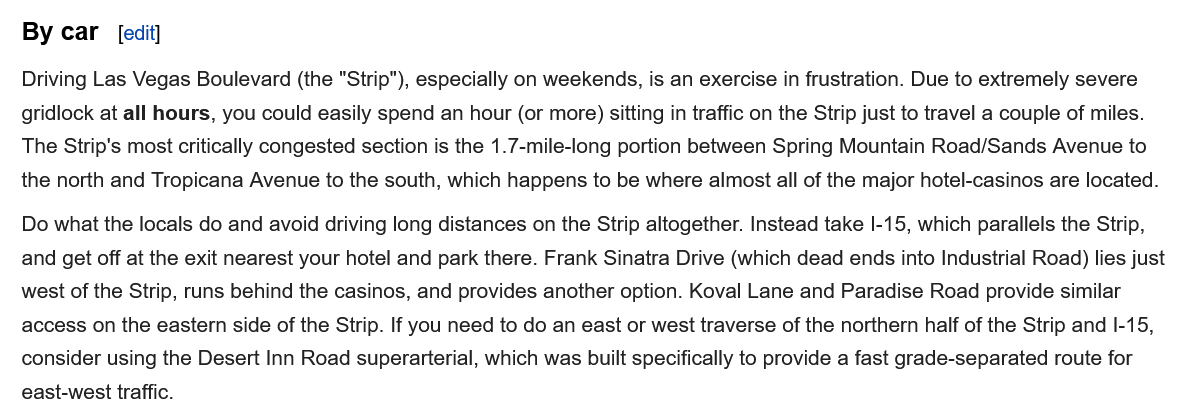
By car   [edit]
   Driving Las Vegas Boulevard (the "Strip"), especially on weekends, is an exercise in frustration. Due to extremely severe
   gridlock at all hours, you could easily spend an hour (or more) sitting in traffic on the Strip just to travel a couple of miles.
   The Strip's most critically congested section is the 1.7-mile-long portion between Spring Mountain Road/Sands Avenue to
   the north and Tropicana Avenue to the south, which happens to be where almost all of the major hotel-casinos are located.
   Do what the locals do and avoid driving long distances on the Strip altogether. Instead take I-15, which parallels the Strip,
   and get off at the exit nearest your hotel and park there. Frank Sinatra Drive (which dead ends into Industrial Road) lies just
   west of the Strip, runs behind the casinos, and provides another option. Koval Lane and Paradise Road provide similar
   access on the eastern side of the Strip. If you need to do an east or west traverse of the northern half of the Strip and I-15,
   consider using the Desert Inn Road superarterial, which was built specifically to provide a fast grade-separated route for
   east-west traffic.